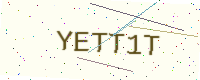
Text: YETT1T